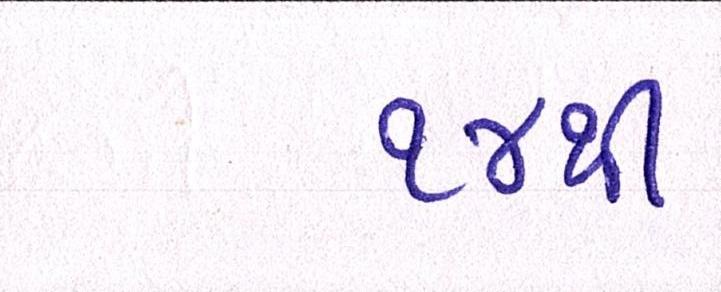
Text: ૧૪થી